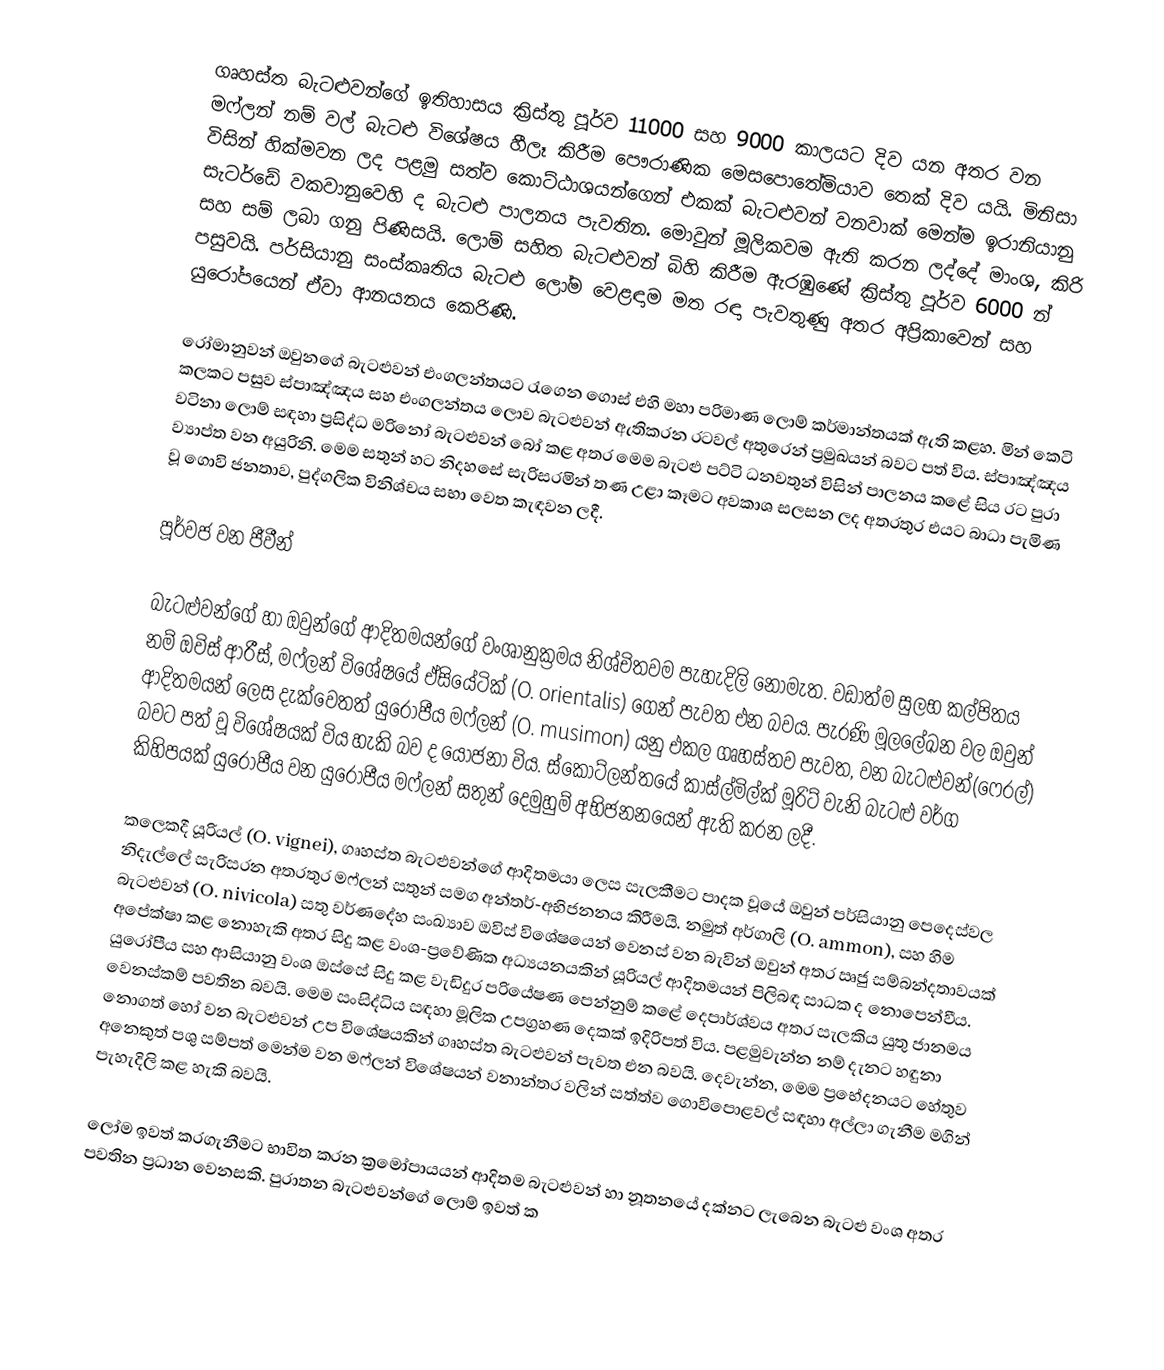
ගෘහස්ත බැටළුවන්ගේ ඉතිහාසය ක්‍රිස්තු පූර්ව 11000 සහ 9000 කාලයට දිව යන අතර වන මෆ්ලන් නම් වල් බැටළු විශේෂය හීලෑ කිරීම පෞරාණික මෙසපොතේමියාව තෙක් දිව යයි. මිනිසා විසින් හික්මවන ලද පළමු සත්ව කොට්ඨාශයන්ගෙන් එකක් බැටළුවන් වනවාක් මෙන්ම ඉරානියානු සැටර්ඩේ වකවානුවෙහි ද බැටළු පාලනය පැවතින. මොවුන් මූලිකවම ඇති කරන ලද්දේ මාංශ, කිරි සහ සම් ලබා ගනු පිණිසයි. ලොම් සහිත බැටළුවන් බිහි කිරීම ඇරඹුණේ ක්‍රිස්තු පූර්ව 6000 න් පසුවයි. පර්සියානු සංස්කෘතිය බැටළු ලෝම වෙළඳාම  මත රඳා පැවතුණු අතර අප්‍රිකාවෙන් සහ යුරෝපයෙන් ඒවා ආනයනය කෙරිණි.

රෝමානුවන් ඔවුනගේ බැටළුවන් එංගලන්තයට රැගෙන ගොස් එහි මහා පරිමාණ ලොම් කර්මාන්තයක් ඇති කළහ. මින් කෙටි කලකට පසුව ස්පාඤ්ඤය සහ එංගලන්තය ලොව බැටළුවන් ඇතිකරන රටවල් අතුරෙන් ප්‍රමුඛයන් බවට පත් විය. ස්පාඤ්ඤය වටිනා ලොම් සඳහා ප්‍රසිද්ධ මරිනෝ බැටළුවන් බෝ කළ අතර මෙම බැටළු පට්ටි ධනවතුන් විසින් පාලනය කළේ සිය රට පුරා ව්‍යාප්ත වන අයුරිනි. මෙම සතුන් හට නිදහසේ සැරිසරමින් තණ උළා කෑමට අවකාශ සලසන ලද අතරතුර එයට බාධා පැමිණ වූ ගොවි ජනතාව, පුද්ගලික විනිශ්චය සභා වෙත කැඳවන ලදී.

පූර්වජ වන ජීවීන්

බැටළුවන්ගේ හා ඔවුන්ගේ ආදිතමයන්ගේ වංශානුක්‍රමය නිශ්චිතවම පැහැදිලි නොමැත. වඩාත්ම සුලභ කල්පිතය නම් ඔවිස් ආරීස්, මෆ්ලන් විශේෂයේ ඒසියේටික් (O. orientalis) ගෙන් පැවත එන බවය. පැරණි මූලලේඛන වල ඔවුන් ආදිතමයන් ලෙස දැක්වෙතත් යුරෝපීය මෆ්ලන් (O. musimon) යනු එකල ගෘහස්තව පැවත, වන බැටළුවන්(ෆෙරල්) බවට පත් වූ විශේෂයක් විය හැකි බව ද යෝජනා විය. ස්කොට්ලන්තයේ කාස්ල්මිල්ක් මූරිට් වැනි බැටළු වර්ග කිහිපයක් යුරෝපීය වන යුරෝපීය මෆ්ලන් සතුන් දෙමුහුම් අභිජනනයෙන් ඇති කරන ලදී.

කලෙකදී යූරියල්  (O. vignei), ගෘහස්ත බැටළුවන්ගේ ආදිතමයා ලෙස සැලකීමට පාදක වූයේ ඔවුන් පර්සියානු පෙදෙස්වල නිදැල්ලේ සැරිසරන අතරතුර  මෆ්ලන් සතුන් සමග අන්තර්-අභිජනනය කිරීමයි. නමුත් අර්ගාලි (O. ammon), සහ හිම බැටළුවන් (O. nivicola) සතු වර්ණදේහ සංඛ්‍යාව ඔවිස් විශේෂයෙන් වෙනස් වන බැවින් ඔවුන් අතර ඍජු සම්බන්දතාවයක් අපේක්ෂා කළ නොහැකි අතර සිදු කළ වංශ-ප්‍රවේණික අධ්‍යයනයකින් යූරියල් ආදිතමයන් පිලිබඳ සාධක ද නොපෙන්වීය. යුරෝපීය සහ ආසියානු වංශ ඔස්සේ සිදු කළ වැඩිදුර පරියේෂණ පෙන්නුම් කළේ දෙපාර්ශ්වය අතර සැලකිය යුතු ජානමය වෙනස්කම් පවතින බවයි. මෙම සංසිද්ධිය සඳහා මූලික උපග්‍රහණ දෙකක් ඉදිරිපත් විය. පළමුවැන්න නම් දැනට හඳුනා නොගත් හෝ වන බැටළුවන් උප විශේෂයකින් ගෘහස්ත බැටළුවන් පැවත එන බවයි. දෙවැන්න, මෙම ප්‍රභේදනයට හේතුව අනෙකුත් පශු සම්පත් මෙන්ම වන මෆ්ලන් විශේෂයන් වනාන්තර වලින් සත්ත්ව ගොවිපොළවල් සඳහා අල්ලා ගැනීම මගින් පැහැදිලි කළ හැකි බවයි.

ලෝම ඉවත් කරගැනීමට භාවිත කරන ක්‍රමෝපායයන් ආදිතම බැටළුවන් හා නූතනයේ දක්නට ලැබෙන බැටළු වංශ අතර පවතින ප්‍රධාන වෙනසකි. පුරාතන බැටළුවන්ගේ ලොම් ඉවත් ක